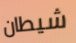
شيطان